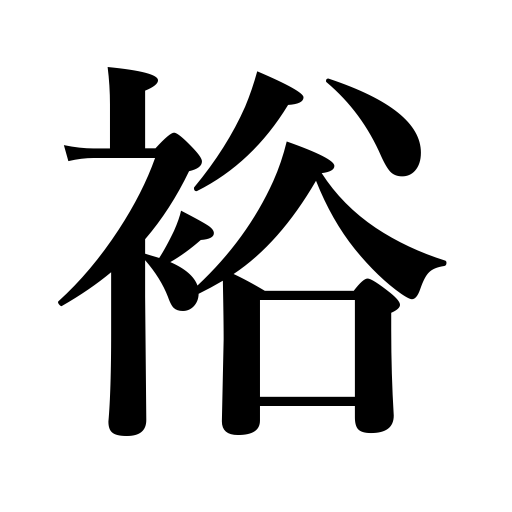
Meanings: abundant,rich,fertile,fruitful